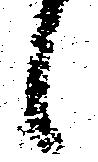
候